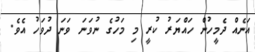
އަނެއް ދެމީހުން ހައްޔަރު ކުރީ މި މަހުގެ ނުވަނަ ވަނަ ދުވަހު އެވެ.